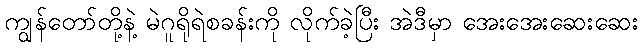
ကျွန်တော်တို့နဲ့ မဲဂူရိုရဲစခန်းကို လိုက်ခဲ့ပြီး အဲဒီမှာ အေးအေးဆေးဆေး